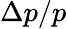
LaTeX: \Delta p/p